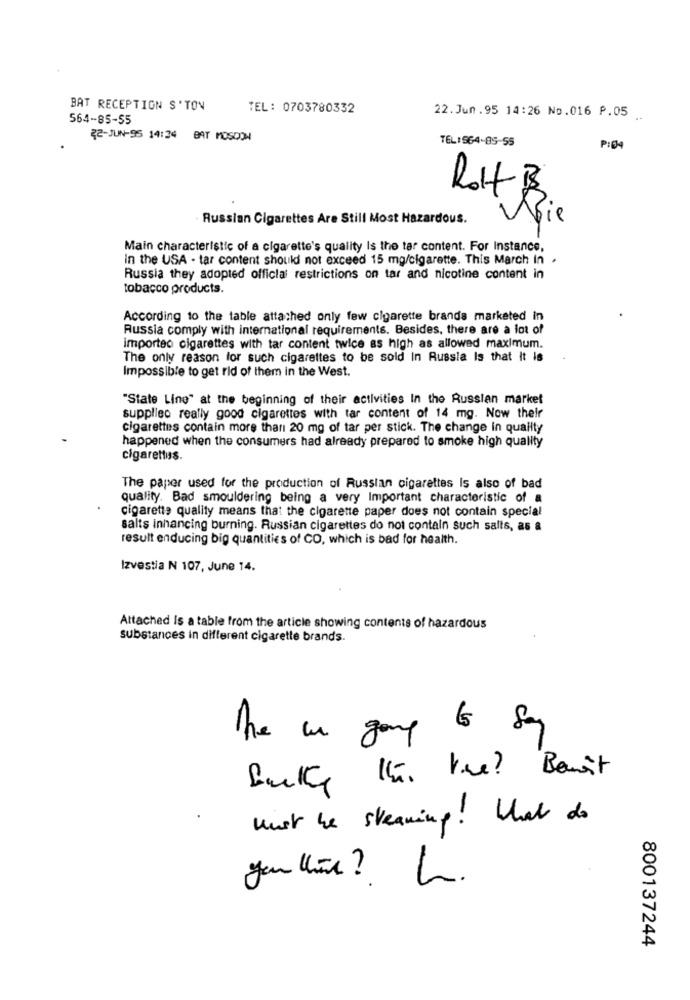
BAT RECEPTION S'TON
TEL: 0703780332
564-85-55
22.Jun.95 14:26 No.016 P.05
₹2-JUN-95 14:24 BAT MOSDOW
TEL:964-85-55
P:04
ROH B
Russian Cigarettes Are Still Most Hazardous.
Voie
Main characteristic of a cigarette's quality Is the tar content. For Instance,
In the USA - tar content should not exceed 15 mg/cigarette. This March In .
Russia they adopted official restrictions on tar and nicotine content in
tobacco products.
According to the table attached only few cigarette brands marketed in
Russia comply with international requirements. Besides, there are a lot of
importeo cigarettes with tar content twice as high as allowed maximum.
The only reason for such cigarettes to be sold In Russia Is that It is
Impossible to get rid of them in the West.
"State Line" at the beginning of their activities In the Russian market
supplied really good cigarettes with tar content of 14 mg. Now their
cigarettes contain more than 20 mg of tar per stick. The change in quailty
happened when the consumers had already prepared to smoke high quality
cigarettus.
The paper used for the production of Russian cigarettes Is also of bad
quality. Bad smouldering being a very Important characteristic of a
cigarette quality means that the cigarette paper does not contain special
salts inhancing burning. Russian cigarettes do not contain such salts, as a
result enducing big quantities of CO, which is bad for health.
Izvestia N 107, June 14.
Attached Is a table from the article showing contents of hazardous
substances in different cigarette brands.
Buky th. the? Benit
must be steaming ! What do
yanthine? L.
800137244